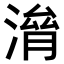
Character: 𣺃